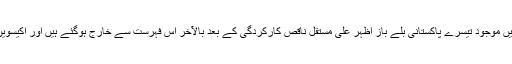
ان کے علاوہ ٹاپ 20 میں موجود تیسرے پاکستانی بلے باز اظہر علی مستقل ناقص کارکردگی کے بعد بالآخر اس فہرست سے خارج ہوگئے ہیں اور اکیسویں نمبر پر جا پہنچے ہیں۔